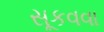
સૂકવવા